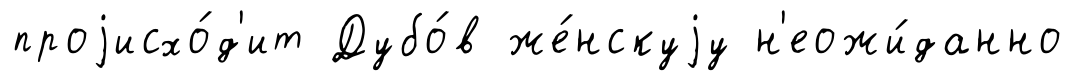
проjисхо́д'ит Дубо́в же́нскуjу н'еожи́данно